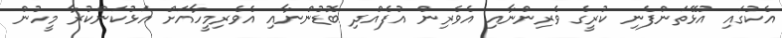
އެކުގައި އުޅޭތަންފެނި ކުރީގެ ވެރިންނާއި އެވެރިން އުފެއްދި ބޮޑުންނާއި އެވެރިމީހާއަށް އަޅުކަންކުރާ މީހުން